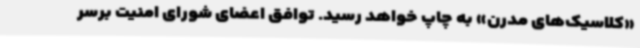
«کلاسیک‌های مدرن» به چاپ خواهد رسید. توافق اعضای شورای امنیت برسر